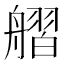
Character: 䒁